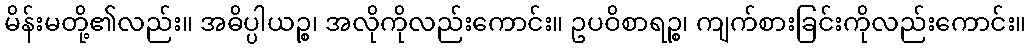
မိန်းမတို့၏လည်း။ အဓိပ္ပါယဉ္စ၊ အလိုကိုလည်းကောင်း။ ဥပဝိစာရဉ္စ၊ ကျက်စားခြင်းကိုလည်းကောင်း။